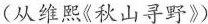
(从维熙《秋山寻野》)